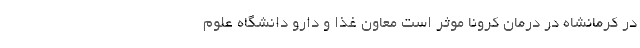
در کرمانشاه در درمان کرونا موثر است معاون غذا و دارو دانشگاه علوم